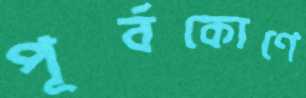
পূর্বকোণে